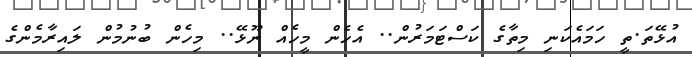
އުޅޭތަ.ތީ ހަމައެކަނި މިތާގެ ކަސްޓަމަރުން.. އެހެން މީހެއް ނޫޅޭ.. މިހެން ބުނުމުން ލައިރާމެންގެ